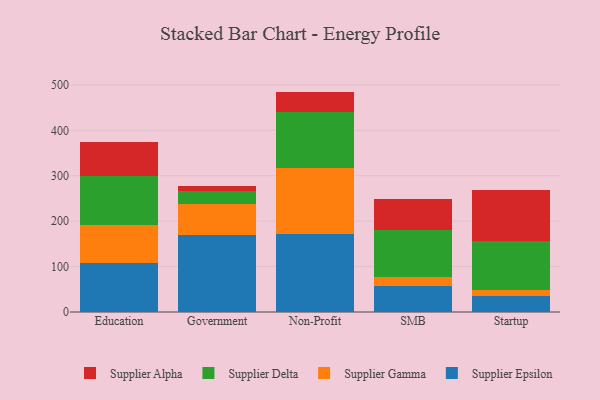
{"axis": {"x": "Segment", "y": "Demand Index"}, "legend": ["Supplier Alpha", "Supplier Delta", "Supplier Epsilon", "Supplier Gamma"], "data": [{"x": "Education", "y": 108.1, "type": "Supplier Epsilon"}, {"x": "Education", "y": 82.6, "type": "Supplier Gamma"}, {"x": "Education", "y": 108.6, "type": "Supplier Delta"}, {"x": "Education", "y": 75.2, "type": "Supplier Alpha"}, {"x": "Government", "y": 170.4, "type": "Supplier Epsilon"}, {"x": "Government", "y": 67.7, "type": "Supplier Gamma"}, {"x": "Government", "y": 28.4, "type": "Supplier Delta"}, {"x": "Government", "y": 10.8, "type": "Supplier Alpha"}, {"x": "Non-Profit", "y": 170.8, "type": "Supplier Epsilon"}, {"x": "Non-Profit", "y": 147.1, "type": "Supplier Gamma"}, {"x": "Non-Profit", "y": 123.5, "type": "Supplier Delta"}, {"x": "Non-Profit", "y": 43.8, "type": "Supplier Alpha"}, {"x": "SMB", "y": 57.0, "type": "Supplier Epsilon"}, {"x": "SMB", "y": 19.5, "type": "Supplier Gamma"}, {"x": "SMB", "y": 104.9, "type": "Supplier Delta"}, {"x": "SMB", "y": 68.2, "type": "Supplier Alpha"}, {"x": "Startup", "y": 35.6, "type": "Supplier Epsilon"}, {"x": "Startup", "y": 12.7, "type": "Supplier Gamma"}, {"x": "Startup", "y": 109.0, "type": "Supplier Delta"}, {"x": "Startup", "y": 112.1, "type": "Supplier Alpha"}]}